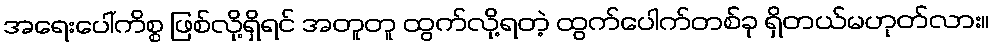
အရေးပေါ်ကိစ္စ ဖြစ်လို့ရှိရင် အတူတူ ထွက်လို့ရတဲ့ ထွက်ပေါက်တစ်ခု ရှိတယ်မဟုတ်လား။